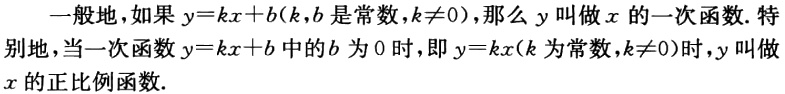
一般地，如果 \(y = kx + b(k,b\) 是常数，\(k\neq0)\)，那么 \(y\) 叫做 \(x\) 的一次函数. 特别地，当一次函数 \(y = kx + b\) 中的 \(b\) 为 \(0\) 时，即 \(y = kx(k\) 为常数，\(k\neq0)\) 时，\(y\) 叫做 \(x\) 的正比例函数.